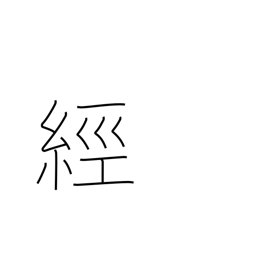
Meaning: pass through